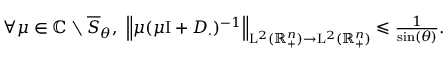
\begin{array} { r } { \forall \mu \in \mathbb { C } \setminus \overline { { S } } _ { \theta } \mathrm { , ~ } \left\lVert \mu ( \mu \mathrm { I } + D _ { \cdot } ) ^ { - 1 } \right\rVert _ { \mathrm { L } ^ { 2 } ( \mathbb { R } _ { + } ^ { n } ) \rightarrow \mathrm { L } ^ { 2 } ( \mathbb { R } _ { + } ^ { n } ) } \leqslant \frac { 1 } { \sin ( \theta ) } \mathrm { . } } \end{array}